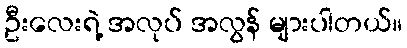
ဦးလေးရဲ့ အလုပ် အလွန် များပါတယ်။